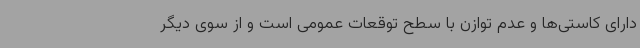
دارای کاستی‌ها و عدم توازن با سطح توقعات عمومی است و از سوی دیگر